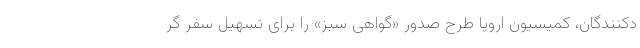
دکنندگان، کمیسیون اروپا طرح صدور «گواهی سبز» را برای تسهیل سفر گر